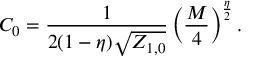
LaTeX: C _ { 0 } = \frac { 1 } { 2 ( 1 - \eta ) \sqrt { { { Z } } _ { 1 , 0 } } } \, \Big ( \frac { M } { 4 } \Big ) ^ { \frac { \eta } { 2 } } \, .